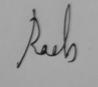
Signature authenticity: genuine